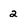
Character: 2